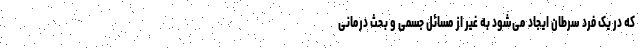
که در یک فرد سرطان ایجاد می‌شود به غیر از مسائل جسمی و بحث درمانی